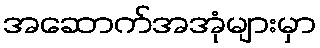
အဆောက်အအုံများမှာ